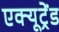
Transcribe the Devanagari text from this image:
एक्यूट्रेंड